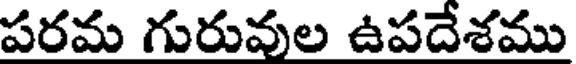
పరమ గురువుల ఉపదేశము